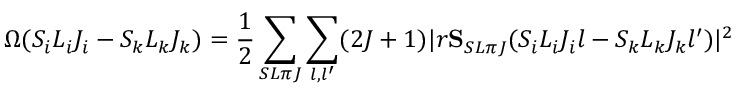
\Omega ( S _ { i } L _ { i } J _ { i } - S _ { k } L _ { k } J _ { k } ) = { \frac { 1 } { 2 } } \sum _ { S L \pi J } \sum _ { l , l ^ { \prime } } ( 2 J + 1 ) \lvert r { \bf S } _ { S L \pi J } ( S _ { i } L _ { i } J _ { i } l - S _ { k } L _ { k } J _ { k } l ^ { \prime } ) \rvert ^ { 2 }